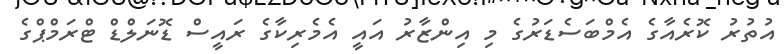
އުތުރު ކޮރެއާގެ އެމްބަސެޑަރުގެ މި އިންޒާރު އައީ އެމެރިކާގެ ރައީސް ޑޮނަލްޑް ޓްރަމްޕްގެ